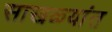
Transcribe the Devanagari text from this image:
साखळ्यांत